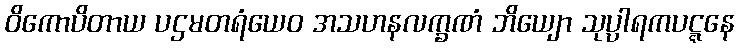
ဝိကောပိတာယ ပဌမတရံယေဝ အသဟနလက္ခဏံ ဘိယျော သုပ္ပါရကပဋ္ဋနေ